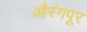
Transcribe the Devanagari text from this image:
औरंगपूर